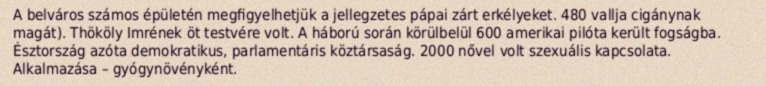
A belváros számos épületén megfigyelhetjük a jellegzetes pápai zárt erkélyeket. 480 vallja cigánynak magát). Thököly Imrének öt testvére volt. A háború során körülbelül 600 amerikai pilóta került fogságba. Észtország azóta demokratikus, parlamentáris köztársaság. 2000 nővel volt szexuális kapcsolata. Alkalmazása – gyógynövényként.